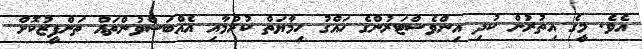
އެވެ. މީގެ އިތުރުން ކުދި އިންވެސްޓަރުންގެ ހައްގު ހިމާޔަތް ކުރުމާއި އެއްބަސްވުންތައް ތަންފީޒުކޮށް